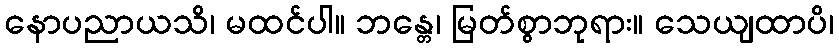
နောပညာယသိ၊ မထင်ပါ။ ဘန္တေ၊ မြတ်စွာဘုရား။ သေယျထာပိ၊